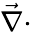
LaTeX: {\vec{\nabla}}\cdot